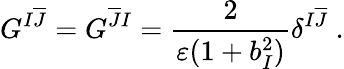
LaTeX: G^{I\overline{{{J}}}}=G^{\overline{{{J}}}I}=\frac{2}{\varepsilon(1+b_{I}^{2})}\delta^{I\overline{{{J}}}}~.